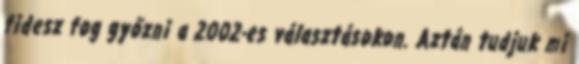
fidesz fog győzni a 2002-es választásokon. Aztán tudjuk mi